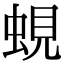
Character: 蜆